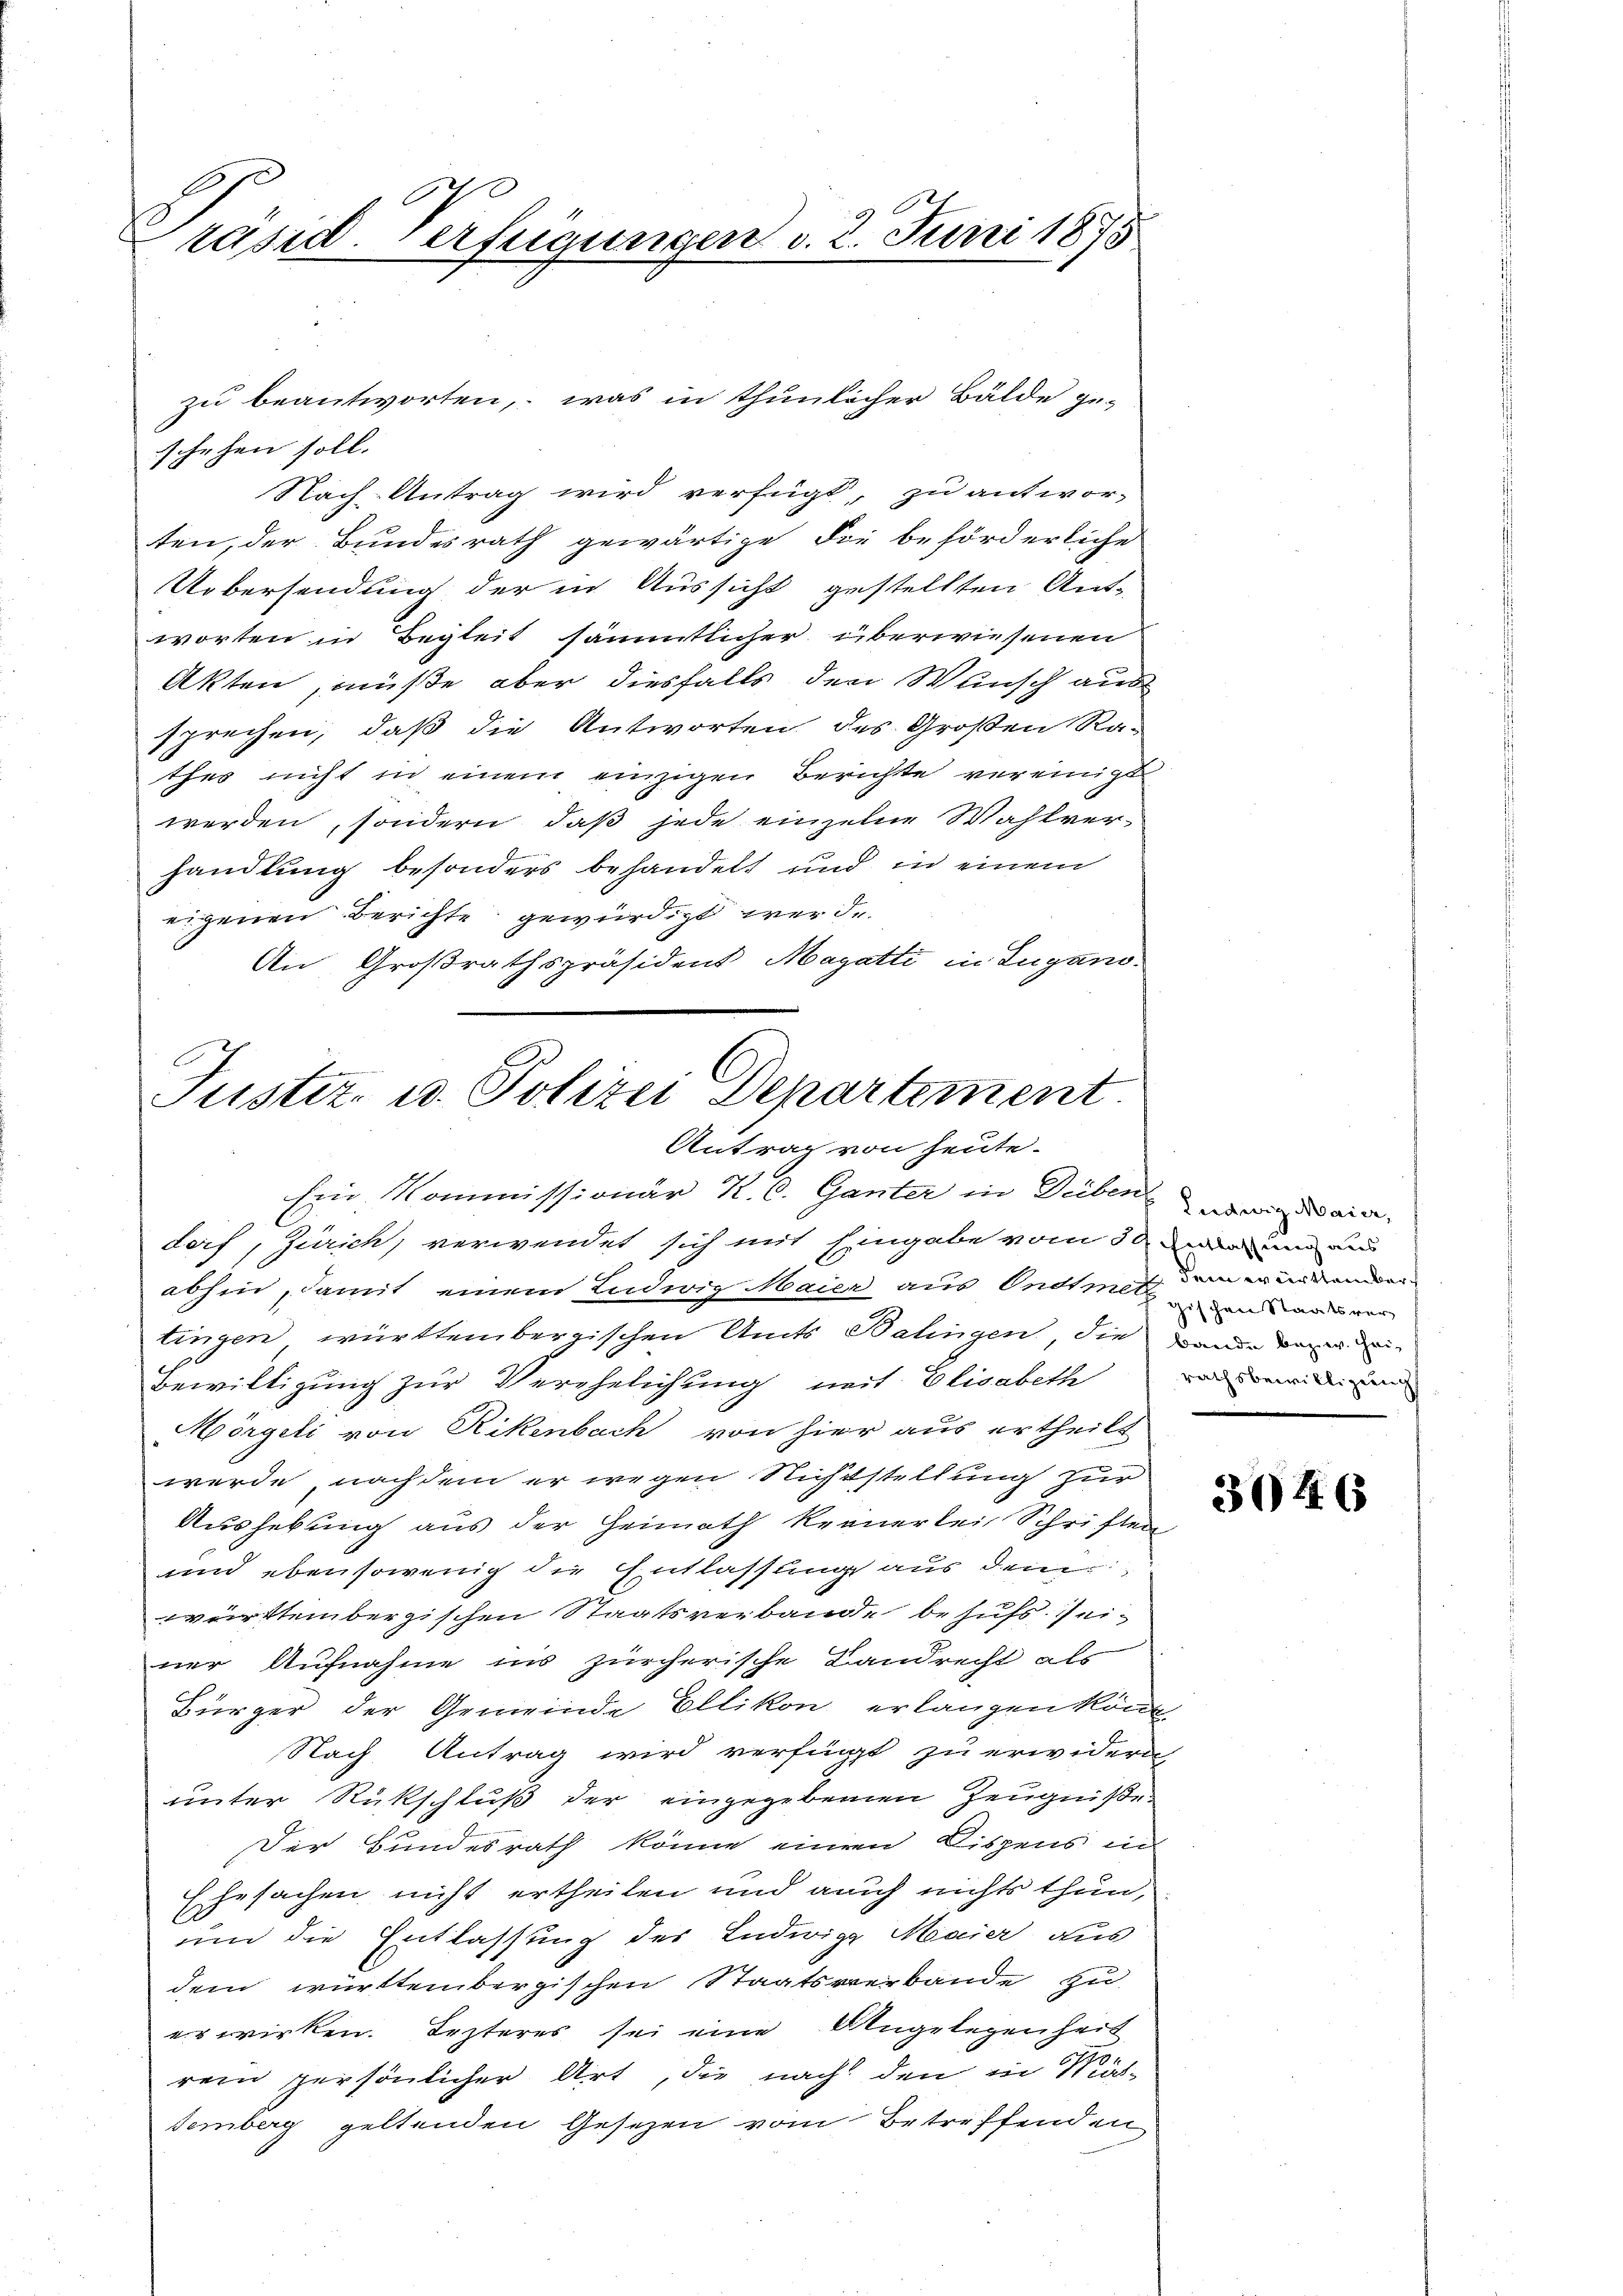
räsid. Verfügungen d. 2. Juni 1875

schehen soll.
Nach Antrag wird verfügt, zu antwor-
ten, der Bundesrath gewärtige die beförderliche
Uebersendung der in Aussicht gestellten Ant-
worten in Begleit sämmtlicher überwiesenen
Akten, müße aber diesfalls den Wunsch aus
sprechen, daß die Antworten des Großen Ra-
thes nicht in einem einzigen Berichte vereinigt
werden, sondern, daß jede einzelne Wahlverhandlung besonders behandelt und in einem
eigenen Berichte gewürdigt werde.
An Großrathspräsident Magatti in Lugano.

zu beantworten, was in thunlicher Bälde ge-

Justiz- u. Polizei Departement
Antrag von heute.
Ein Kommissionär K. C. Ganter in Deiben ein

dorf, Zürich, verwendet sich mit Eingabe vom 30 t dir und un
abhin, damit einem Ludwig Maier aus Ondtsch dem erwander
tingen württembergischen Amts Balingen, die an der
Bewilligung zur Verehelichung mit Elisabeth von mein an
Mörgeli von Rikenbach von hier aus ertheilt
werde, nachdem er wegen Richtstellung zur
Aushebung aus der Heimath keinerlei Schriften
und ebensowenig die Entlassung aus dem
württembergischen Staatsverbande behufs seiner Aufnahme ins zürcherische Landrecht als
Bürger der Gemeinde Ellikon erlangen könne
Nach Antrag wird verfügt zu erwidern,
unter Rückschluß der eingegebenen Zeugniße
Der Bundesrath könne einem Dispens in
Zesachen nicht ertheilen und auch nichts thun,
C.
und die Entlassung des Ludwig Maier aus
dem württembergischen Staatsverbande zu
erwirken. Lezteres sei eine Angelegenheit
rein persönlicher Art, die nach den in Mädtemberg geltenden Gesetzen vom Betreffenden

gischen Staatsver

3046